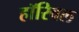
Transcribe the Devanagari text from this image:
हॉरिबल